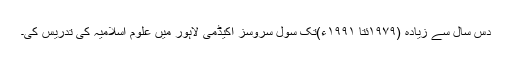
دس سال سے زیادہ (۱۹۷۹ئتا ۱۹۹۱ء)تک سول سروسز اکیڈمی لاہور میں علوم اسلامیہ کی تدریس کی۔